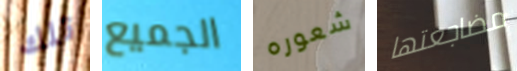
تلك الجميع شعوره مضاجعتها